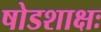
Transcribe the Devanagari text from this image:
षोडशाक्षः